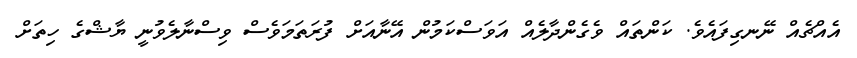
އެއްޗެއް ނޭނގިފައެވެ. ކަންތައް ވެގެންދާލެއް އަވަސްކަމުން އޭނާއަށް ފުރަތަމަވެސް ވިސްނާލެވުނީ ޔާޝްގެ ހިތަށް